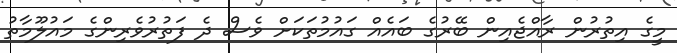
މީގެ އިތުރުން ރާއްޖެއިން ބޭރުގެ ބައެއް ގައުމުތަކަށް ވެސް ދެ ފަތުރުވެރިންގެ މައުލޫމާތު